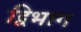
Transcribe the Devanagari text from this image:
द्विभाग